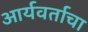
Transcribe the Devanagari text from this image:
आर्यवर्ताचा